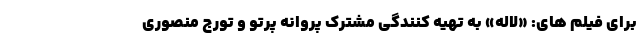
برای فیلم های: «لاله» به تهیه کنندگی مشترک پروانه پرتو و تورج منصوری